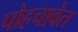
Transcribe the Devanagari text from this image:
पोहचावेत